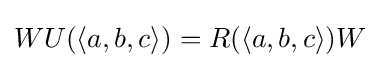
WU(\langle a,b,c\rangle )=R(\langle a,b,c\rangle )W